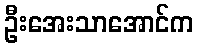
ဦးအေးသာအောင်က